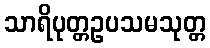
သာရိပုတ္တဥပသမသုတ္တ